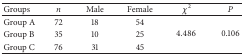
| Groups | n | Male | Female | χ2 | P |
 | --- | --- | --- | --- | --- | --- |
 | Group A | 72 | 18 | 54 | <ROWSPAN=3> 4.486 | <ROWSPAN=3> 0.106 |
 | Group B | 35 | 10 | 25 |
 | Group C | 76 | 31 | 45 |